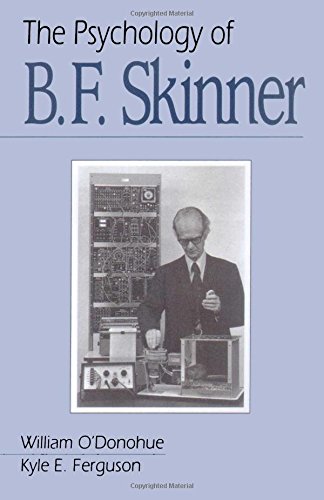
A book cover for The Psychology of B F Skinner; William O'Donohue; Medical Books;